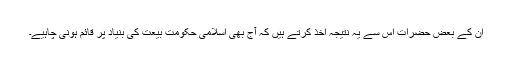
ان کے بعض حضرات اس سے یہ نتیجہ اخذ کرتے ہیں کہ آج بھی اسلامی حکومت بیعت کی بنیاد پر قائم ہونی چاہیے۔